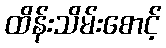
ထိန်းသိမ်းစောင့်